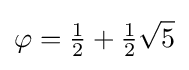
\varphi ={\tfrac {1}{2}}+{\tfrac {1}{2}}{\sqrt {5}}